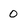
Character: 0